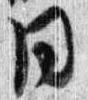
同